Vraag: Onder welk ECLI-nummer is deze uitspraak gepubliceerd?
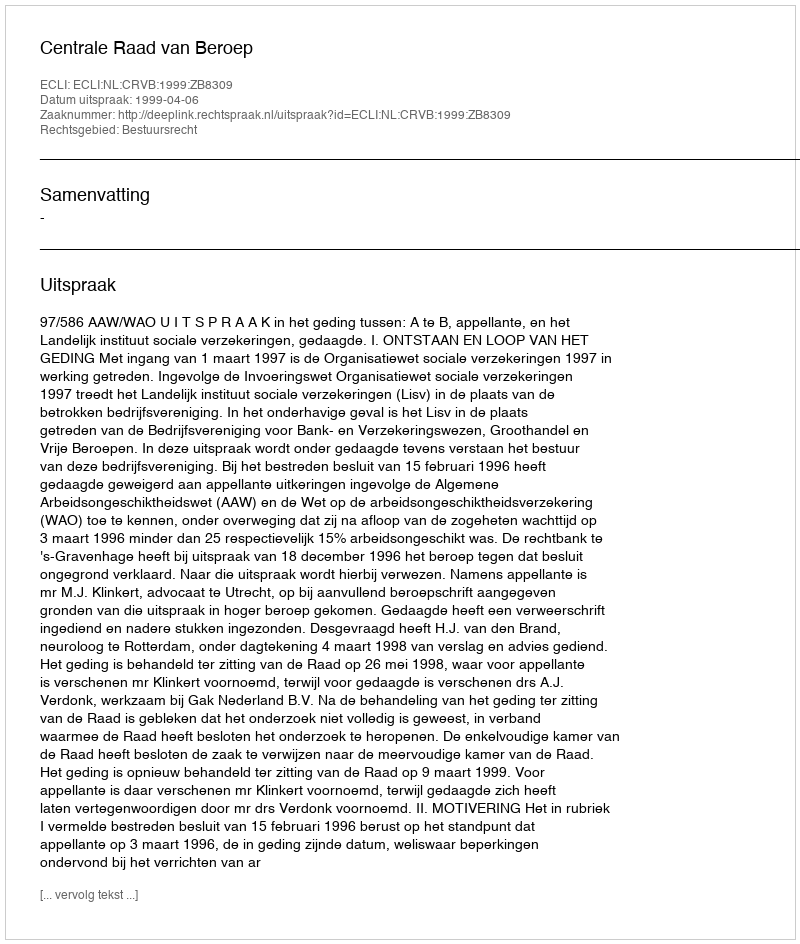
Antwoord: ECLI:NL:CRVB:1999:ZB8309